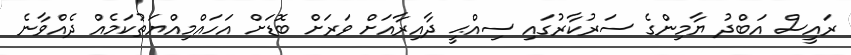
ރައީސް އަބްދު ޔާމިންގެ ސަރުކާރުގައި ސިއްޙީ ދާއިރާއަށް ވަރަށް ބޮޑަށް އަހައްމިއްޔަތުކަމެއް ދެއްވާނެ